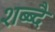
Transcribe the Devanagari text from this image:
शब्ब्दै